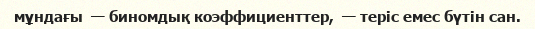
мұндағы  — биномдық коэффициенттер,  — теріс емес бүтін сан.